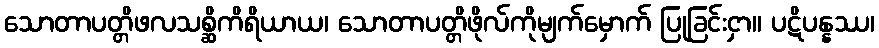
သောတာပတ္တိဖလသစ္ဆိကိရိယာယ၊ သောတာပတ္တိဖိုလ်ကိုမျက်မှောက် ပြုခြင်းငှာ။ ပဋိပန္နဿ၊